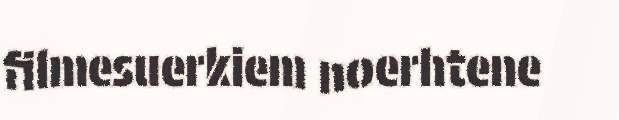
filmesuerkiem noerhtene